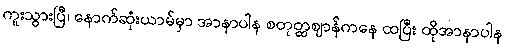
ကူးသွားပြီ၊ နောက်ဆုံးယာမ်မှာ အာနာပါန စတုတ္ထဈာန်ကနေ ထပြီး ထိုအာနာပါန